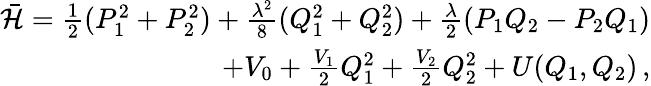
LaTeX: \begin{array}{r}{\bar{{\mathcal{H}}}=\frac{1}{2}(P_{1}^{2}+P_{2}^{2})+\frac{\lambda^{2}}{8}(Q_{1}^{2}+Q_{2}^{2})+\frac{\lambda}{2}(P_{1}Q_{2}-P_{2}Q_{1})}\\ {+V_{0}+\frac{V_{1}}{2}Q_{1}^{2}+\frac{V_{2}}{2}Q_{2}^{2}+U(Q_{1},Q_{2})\, ,}\end{array}